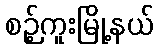
စဉ့်ကူးမြို့နယ်